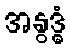
အနွဒ္ဓံ